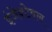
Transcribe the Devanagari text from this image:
इंजेक्टेबल